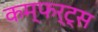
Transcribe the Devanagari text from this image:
कम्फर्ट्स